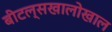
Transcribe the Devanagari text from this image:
बीटल्सखालोखाल